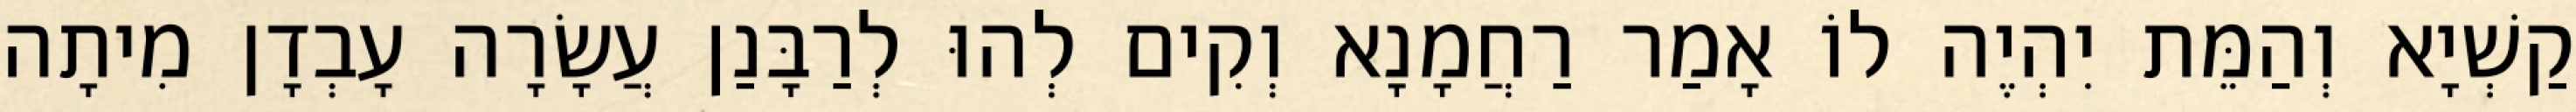
קַשְׁיָא וְהַמֵּת יִהְיֶה לוֹ אָמַר רַחֲמָנָא וְקִים לְהוּ לְרַבָּנַן עֲשָׂרָה עָבְדָן מִיתָה